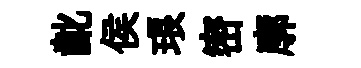
齔侯琅密廓